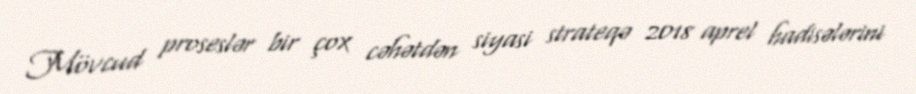
Mövcud proseslər bir çox cəhətdən siyasi strateqə 2018 aprel hadisələrini